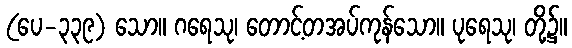
(ပေ-၃၃၉) သော။ ဂရေသု၊ တောင့်တအပ်ကုန်သော။ ပုရေသု၊ တို့၌။